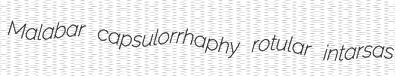
Malabar capsulorrhaphy rotular intarsas